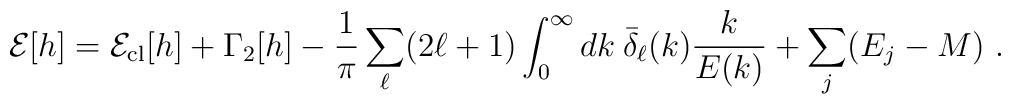
{\cal E}[ h]= {\cal E}_{\rm cl}[h]   +\Gamma_2[ h]   - \frac{1}{\pi}\sum_\ell (2\ell+1)\int_0^\infty dk\:   \bar\delta_\ell(k)\frac{k}{E(k)} +\sum_j (E_j-M) \ .